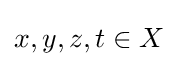
x,y,z,t\in X